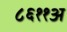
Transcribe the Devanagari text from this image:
८६११अ